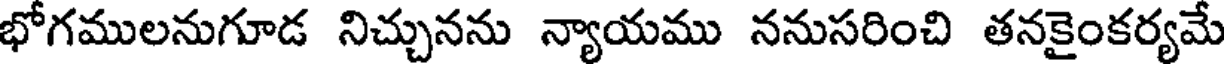
భోగములనుగూడ నిచ్చునను న్యాయము ననుసరించి తనకైంకర్యమే